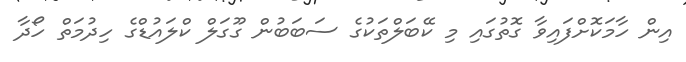
އިން ހާމަކޮށްފައިވާ ގޮތުގައި މި ކޭބަލްތަކުގެ ސަބަބުން ގޫގަލް ކްލައުޑްގެ ހިދުމަތް ހޯދާ